Rangoon Lunatic Asylum 1878-1892 - 1878-1892
Year: 1878
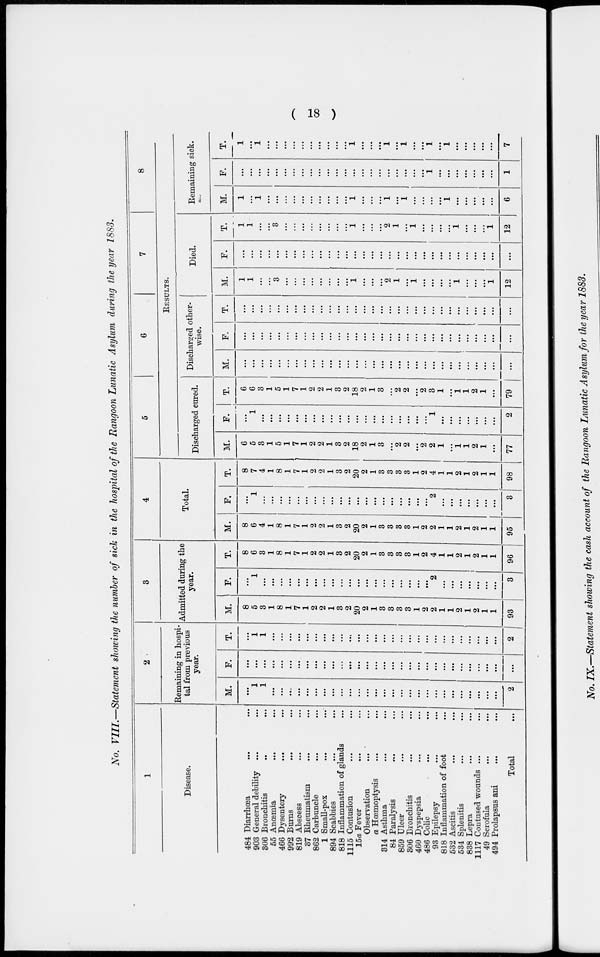
( 18 )
No. VIII.—Statement showing the number of sick in the hospital of the Rangoon Lunatic Asylum during the year 1883.
1
Disease.
484 Diarrhœa ... ...
903 General debility ... ...
306 Bronchitis ... ...
55 Anœmia ... ...
466 Dysentery
...
...
992 Burns ... ...
819 Abscess ... ...
37 Rheumatism ... ...
862 Carbuncle ... ...
1 Small-pox ... ...
894 Scabbies ... ...
818 Inflammation of glands ...
1115 Contusion ... ...
15a Fever ... ...
Observation
... ...
a Hœmoptysis ... ...
314 Asthma ... ...
84 Paralysis ... ...
859 Ulcer ... ...
306 Bronchitis ... ...
460 Dyspepsia ... ...
486 Colic ... ...
93 Epilepsy ... ...
818 Inflammation of foot ...
532 Ascitis
...
...
534 Splenitis ... ...
838 Lepra ... ...
1117 Contused wounds ... ...
49 Scrofula ... ...
494 Prolapsus ani ... ...
Total ...
2
Remaining in hospi-
tal from previous
year.
M.
...
1
1
...
...
...
...
...
...
...
...
...
...
...
...
...
...
...
...
...
...
...
...
...
...
...
...
...
...
...
2
F.
...
...
...
...
...
...
...
...
...
...
...
...
...
...
...
...
...
...
...
...
...
...
...
...
...
...
...
...
...
...
...
T.
...
1
1
...
...
...
...
...
...
...
...
...
...
...
...
...
...
...
...
...
...
...
...
...
...
...
...
...
...
...
2
3
Admitted during the
year.
M.
8
5
3
1
8
1
7
1
2
2
1
3
2
20
2
1
3
3
3
3
1
2
2
1
1
2
1
2
1
1
93
F.
...
1
...
...
...
...
...
...
...
...
...
...
...
...
...
...
...
...
...
...
...
...
2
...
...
...
...
...
...
...
3
T.
8
6
3
1
8
1
7
1
2
2
1
3
2
20
2
1
3
3
3
3
1
2
4
1
1
2
1
2
1
1
96
4
Total.
M.
8
6
4
1
8
1
7
1
2
2
1
3
2
20
2
1
3
3
3
3
1
2
2
1
1
2
1
2
1
1
95
F.
...
1
...
...
...
...
...
...
...
...
...
...
...
...
...
...
...
...
...
...
...
...
2
...
...
...
...
...
...
...
3
T.
8
7
4
1
8
1
7
1
2
2
1
3
2
20
2
1
3
3
3
3
1
2
4
1
1
2
1
2
1
1
98
5
6
7
8
RESULTS.
Discharged cured.
M.
6
5
3
1
5
1
7
1
2
2
1
3
2
18
2
1
3
...
2
2
...
2
2
1
...
1
1
2
1
...
77
F.
...
1
...
...
...
...
...
...
...
...
...
...
...
...
...
...
...
...
...
...
...
...
1
...
...
...
...
...
...
...
2
T.
6
6
3
1
5
1
7
1
2
2
1
3
2
18
2
1
3
...
2
2
...
2
3
1
...
1
1
2
1
...
79
Discharged other-
wise.
M.
...
...
...
...
...
...
...
...
...
...
...
...
...
...
...
...
...
...
...
...
...
...
...
...
...
...
...
...
...
...
...
F.
...
...
...
...
...
...
...
...
...
...
...
...
...
...
...
...
...
...
...
...
...
...
...
...
...
...
...
...
...
...
...
T.
...
...
...
...
...
...
...
...
...
...
...
...
...
...
...
...
...
...
...
...
...
...
...
...
...
...
...
...
...
...
...
Died.
M.
1
1
...
...
3
...
...
...
...
...
...
...
...
1
...
...
2
1
...
1
...
...
...
...
1
...
...
...
1
12
F.
...
...
...
...
...
...
...
...
...
...
...
...
...
...
...
...
...
...
...
...
...
...
...
...
...
...
...
...
...
...
...
T.
1
1
...
...
3
...
...
...
...
...
...
...
...
1
...
...
...
2
1
...
1
...
...
...
...
1
...
...
...
1
12
Remaining sick.
M.
1
...
1
...
...
...
...
...
...
...
...
...
...
1
...
...
...
1
...
1
...
...
...
...
1
...
...
...
...
...
6
F.
...
...
...
...
...
...
...
...
...
...
...
...
...
...
...
...
...
...
...
...
...
...
1
...
...
...
...
...
...
...
1
T.
1
...
1
...
...
...
...
...
...
...
...
...
...
1
...
...
...
1
...
1
...
...
1
...
1
...
...
...
...
...
7